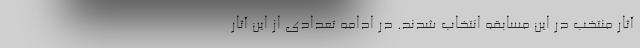
آثار منتخب در این مسابقه انتخاب شدند. در ادامه تعدادی از این آثار